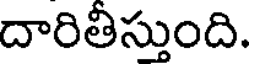
దారితీస్తుంది.